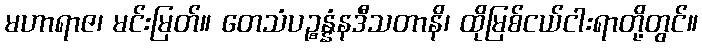
မဟာရာဇ၊ မင်းမြတ်။ တေသံပဉ္စန္နံနဒီသတာနိ၊ ထိုမြစ်ငယ်ငါးရာတို့တွင်။